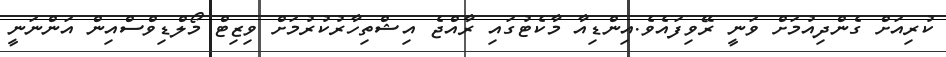
ކުރިއަށް ގެންދިއުމަށް ވަނީ ރޭވިފައެވެ.އިންޑިއާ މާކެޓުގައި ރާއްޖެ އިޝްތިހާރުކުރުމަށް ވިޒިޓް މޯލްޑިވްސްއިން އަންނަނީ